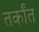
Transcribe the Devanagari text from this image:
तर्कांत